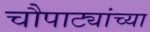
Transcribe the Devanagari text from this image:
चौपाट्यांच्या